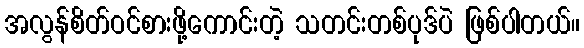
အလွန်စိတ်ဝင်စားဖို့ကောင်းတဲ့ သတင်းတစ်ပုဒ်ပဲ ဖြစ်ပါတယ်။